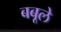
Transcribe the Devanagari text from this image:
बबूले